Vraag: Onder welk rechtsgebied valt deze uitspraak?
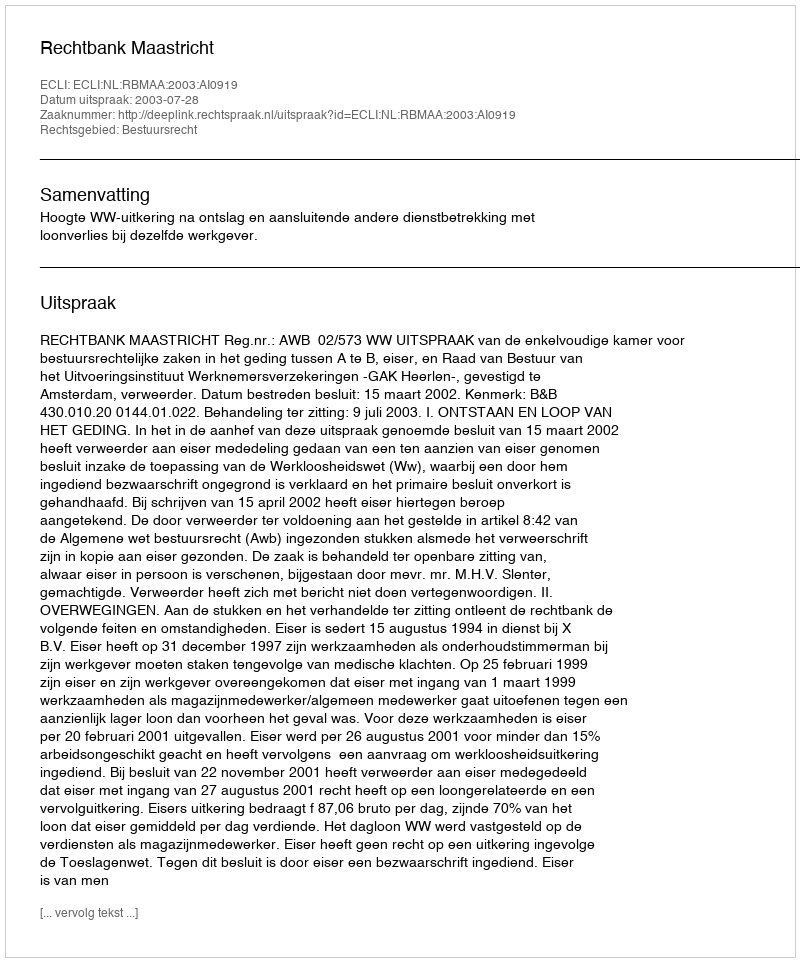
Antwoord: Bestuursrecht